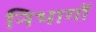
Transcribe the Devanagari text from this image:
निभागों